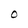
Character: O